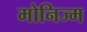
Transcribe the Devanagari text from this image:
मोनिज्म